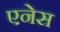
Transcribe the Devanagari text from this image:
एनेस